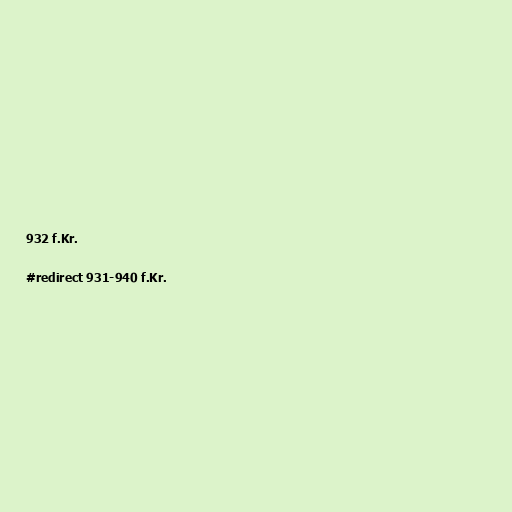
932 f.Kr.

#redirect 931-940 f.Kr.